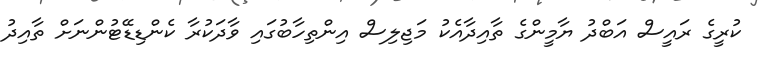
ކުރީގެ ރައީސް އަބްދު ޔާމީންގެ ތާއިދާއެކު މަޖިލިސް އިންތިހާބުގައި ވާދަކުރާ ކެންޑިޑޭޓުންނަށް ތާއިދު